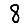
Digit: 8